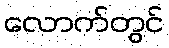
လောက်တွင်